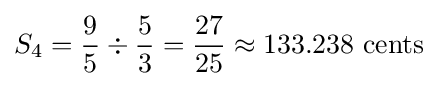
S_{4}={{9 \over 5}\div {5 \over 3}}={27 \over 25}\approx 133.238\ {\hbox{cents}}